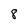
Character: 8